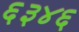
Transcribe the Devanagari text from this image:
६३४६